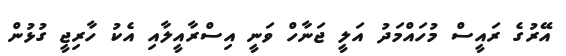
އޭރުގެ ރައީސް މުހައްމަދު އަލީ ޖަނާހް ވަނީ އިސްރާއީލާއި އެކު ހާރިޖީ ގުޅުން